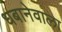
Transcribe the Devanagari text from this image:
धबानेवाला